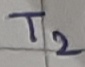
Text: T2